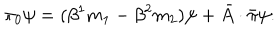
\pi _ { 0 } \psi = ( \beta ^ { 1 } m _ { 1 } - \beta ^ { 2 } m _ { 2 } ) \psi + \bar { A } \cdot \bar { \pi } \psi .